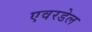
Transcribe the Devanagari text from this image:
एवरडेल